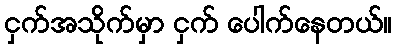
ငှက်အသိုက်မှာ ငှက် ပေါက်နေတယ်။